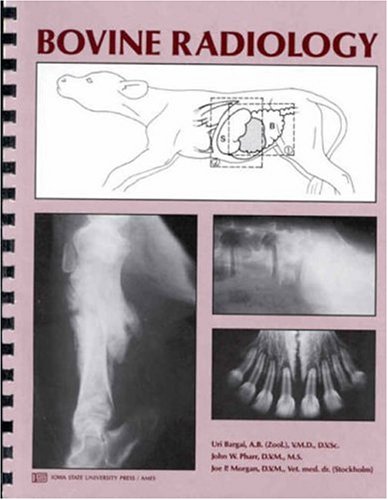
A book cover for Bovine Radiology; Uri Bargai; Medical Books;